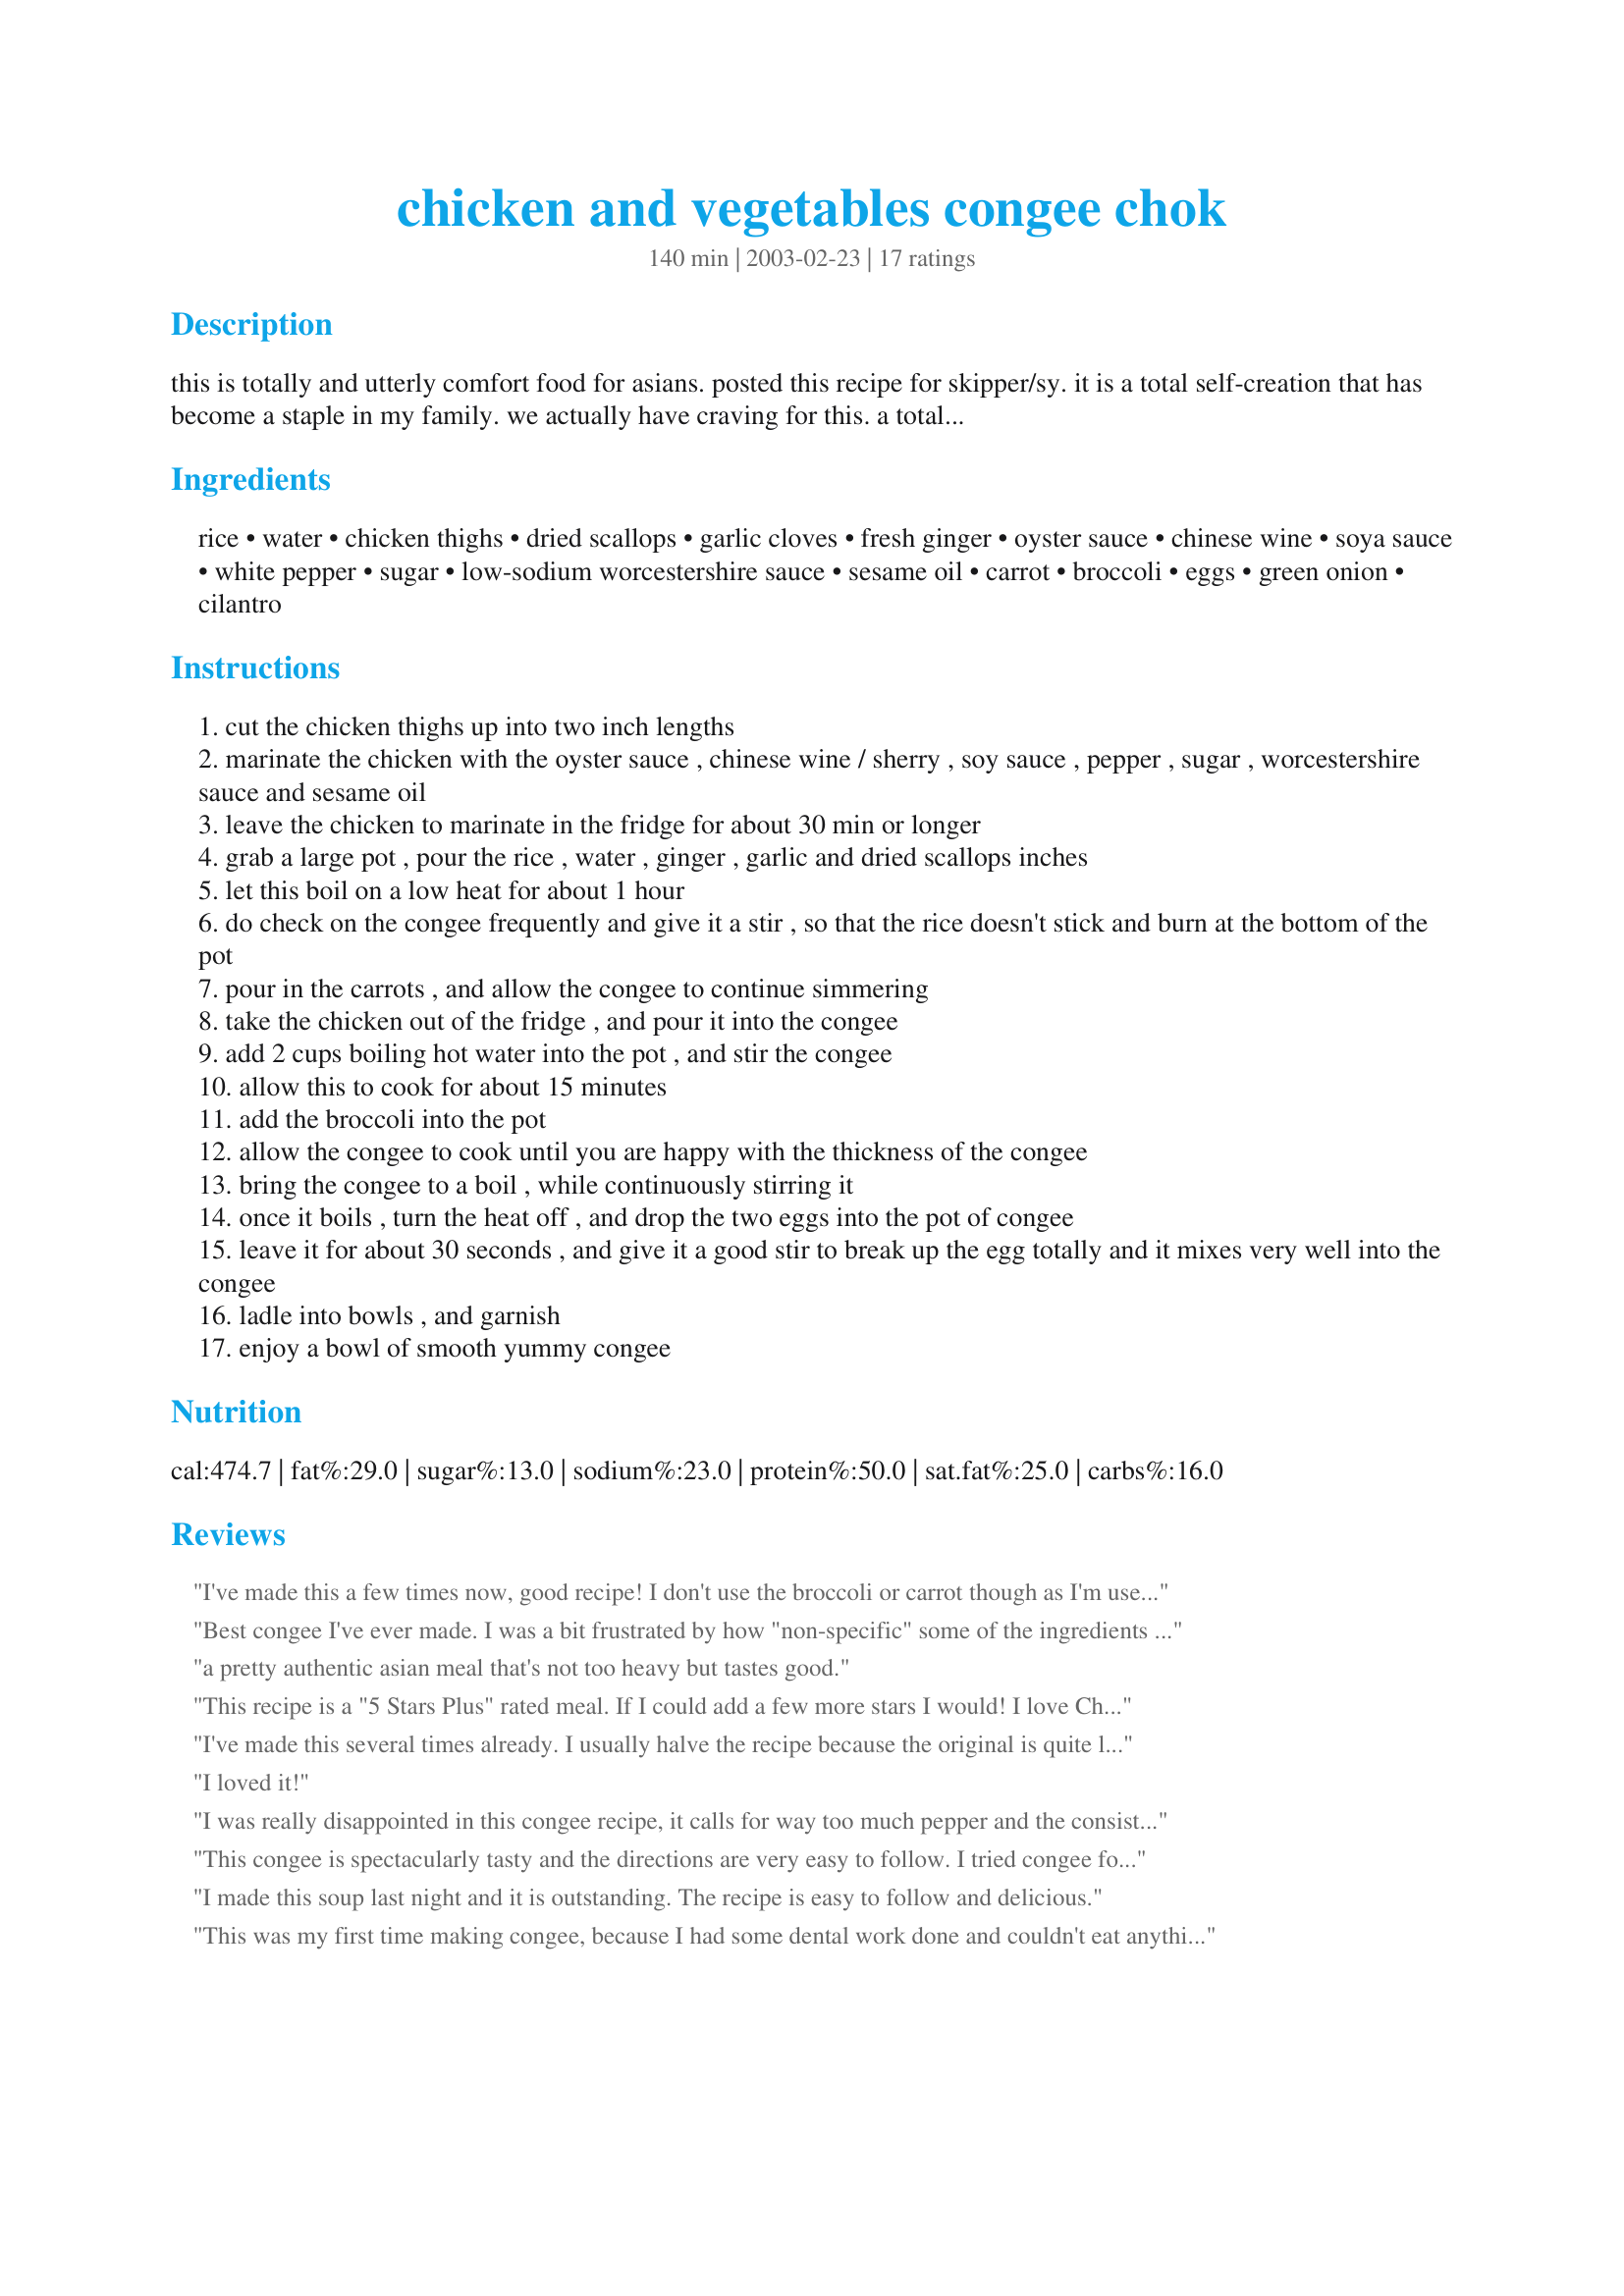
chicken and vegetables congee chok
Preparation time: 140 minutes

this is totally and utterly comfort food for asians. posted this recipe for skipper/sy. it is a total self-creation that has become a staple in my family. we actually have craving for this. a total balanced meal, all in one. you can substitute the chicken with beef or pork. still good. :) it can be served to toddlers cos it is very soft. asian toddlers eat congee quite a bit.

Ingredients:
rice, water, chicken thighs, dried scallops, garlic cloves, fresh ginger, oyster sauce, chinese wine, soya sauce, white pepper, sugar, low-sodium worcestershire sauce, sesame oil, carrot, broccoli, eggs, green onion, cilantro

Steps:
cut the chicken thighs up into two inch lengths
marinate the chicken with the oyster sauce , chinese wine / sherry , soy sauce , pepper , sugar , worcestershire sauce and sesame oil
leave the chicken to marinate in the fridge for about 30 min or longer
grab a large pot , pour the rice , water , ginger , garlic and dried scallops inches
let this boil on a low heat for about 1 hour
do check on the congee frequently and give it a stir , so that the rice doesn't stick and burn at the bottom of the pot
pour in the carrots , and allow the congee to continue simmering
take the chicken out of the fridge , and pour it into the congee
add 2 cups boiling hot water into the pot , and stir the congee
allow this to cook for about 15 minutes
add the broccoli into the pot
allow the congee to cook until you are happy with the thickness of the congee
bring the congee to a boil , while continuously stirring it
once it boils , turn the heat off , and drop the two eggs into the pot of congee
leave it for about 30 seconds , and give it a good stir to break up the egg totally and it mixes very well into the congee
ladle into bowls , and garnish
enjoy a bowl of smooth yummy congee

Reviews:
I've made this a few times now, good recipe! I don't use the broccoli or carrot though as I'm used to having it quite plain. Even my boyfriend liked it, and he's a picky eater!
Best congee I've ever made. I was a bit frustrated by how "non-specific" some of the ingredients were (a slice of ginger? how big a slice? 1"? 3"? 1/4"?) and a tablespoon of white pepper seemed AWFULLY much, but I confess, it's delicious!
a pretty authentic asian meal that's not too heavy but tastes good.
This recipe is a "5 Stars Plus" rated meal. If I could add a few more stars I would! 

I love Chinese Congee/Jook/Chok and this recipe is one of the best I have ever had. It is creamy, smooth, tasty but not over powering with seasonings. Plus the chicken was tender as well. It is the perfect meal for a cold winters day here in the Northeastern part of the USA. 

Great Recipe... from a special Singapore cook!
I've made this several times already. I usually halve the recipe because the original is quite large. Our family can't take spicy well, so I only put one teaspoon of white pepper instead of a tablespoon. For this recipe, white pepper is definitely better than black pepper.
I loved it!
I was really disappointed in this congee recipe, it calls for way too much pepper and the consistency was really not right - too thick. The flavor was off and there was too much garlic. Overall, I&#039;d say it&#039;s the worst congee recipe I&#039;ve ever tried. Definitely ease off the pepper, I ended up throwing most of the soup away. :(
This congee is spectacularly tasty and the directions are very easy to follow. I tried congee for the first time at Sydney Airport, when I couldn't find anything else I could eat for breakfast. This version is far superior - I'm looking forward to congee for breakfast this week! Thanks KitchenManiac for sharing this wonderful recipe.
I made this soup last night and it is outstanding. The recipe is easy to follow and delicious.
This was my first time making congee, because I had some dental work done and couldn't eat anything hard because it hurt so much. I used chicken breast instead of thigh, I also put a bag of mixed veggies into it for a bit more color. And I like my stuff a little spicy so I added grated ginger into my bowl. My 1 year5 month old son gobbled it up too. This is a light and filling meal, good for dieting too. Thank you for sharing this recipe!
If dried scallops is something either expensive or difficult to find in your area. You can substitute it with chicken bones. What it does is sweeten the porridge. Gives it more flavour. Do remove the bones before serving though :).
My family loves this recipe. I couldn't find the dried scallops and so after marinating, I deboned the thighs and added the bones when I poured the rice into the pot. I didn't need to add an additional 2 cups boiling water when I added the chicken because there was enough water to cook the chicken since it was now boneless. I wonder if it would be better to shred the chicken instead of serving it in large chunks? Also, my family prefers using black instead of white pepper because it gave a kick to the dish. I also served this with diced century eggs which I've seen served at hotel breakfast buffets.
I liked it, but my husband didn't..thus leaving me with congee to last for a week for me alone to eat. He even said cooking the chicken for 15 mins isn't enough to cook it and said it was undone even if I cooked it for more than that time stated. So we compromised and rated it into 3.
Great recipe and quite straight forward to follow. Had a heck of a time trying to find dried scallops so I had to make it without the seafood aspect :( None-the-less, it turned out quite well. Also, pay no attention to the number of servings off under Nutrition Facts. I had two servings last night and barely made a dent in what had to be at least two gallons of congee. I could probably sustain myself for a week on nothing but what this recipe yielded. I spoke w/ a friend from Taiwan and he said that this stuff stays good for a while. Traditionally I only keep foods for 3 days, any chance that you could give an estimate on how long this lasts? Especially since it's such a high yield recipe. Oh and she's not kidding when she says to stir it frequently. The rice sticks to the bottom of the pot VERY easily. Only make this if you can devote your full attention to it as it's cooking.
Thank goodness I found this recipe because I wanted to make a congee buffet for a party and this recipe turned out spectacularly well! A chef who was invited told me it was the best congee he ever ate, and in this country, authentic congee restaurants are all over the place so that&#039;s really saying something :) My mother in law was sceptical at first but after they tried it, my whole family loves it. Thank you so much for sharing the recipe! Oh and a tip - we make a bean and pork paste side dish and people just add it to the congee and it&#039;s the perfect addition even though the dish is super tasty on its own!
Oh, yuuuummmm! I had no idea what Congee (Chok) was and now I'm a fan. It came together just as directed and was so flavorful. Can't wait to make it again, I think I can do an even better job, now that I know what's what.I'm sure I can make it even creamier by more closely following the instructions-stir, stir, stir. I was fairly certain that I'm too wimpy to deal with that much pepper so I cut it in half and that was just about right for me. Congee reminds me a lot of etoufee gravy, just a bit thicker.
I've never had Congee (Chok). I'm glad I have now. This tastes great. My 15 month old gobbled it up. A great comfort food.
